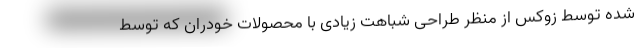
شده توسط زوکس از منظر طراحی شباهت زیادی با محصولات خودران که توسط